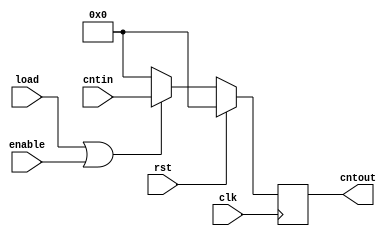
module count (cntin,enable,load,clk,cntout,rst) ;


input wire [4:0]cntin;
input wire enable;
input wire load;
input wire clk;
input wire rst;

output reg [4:0]cntout;
always @(posedge clk)begin
    

if(rst==1)
begin
    cntout = 5'b00000;
end

else 
begin
    cntout <= (load | enable)? cntin:5'b00000;
end


end
endmodule